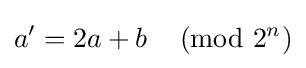
a'=2a+b\,{\pmod {2^{n}}}